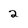
Character: 2